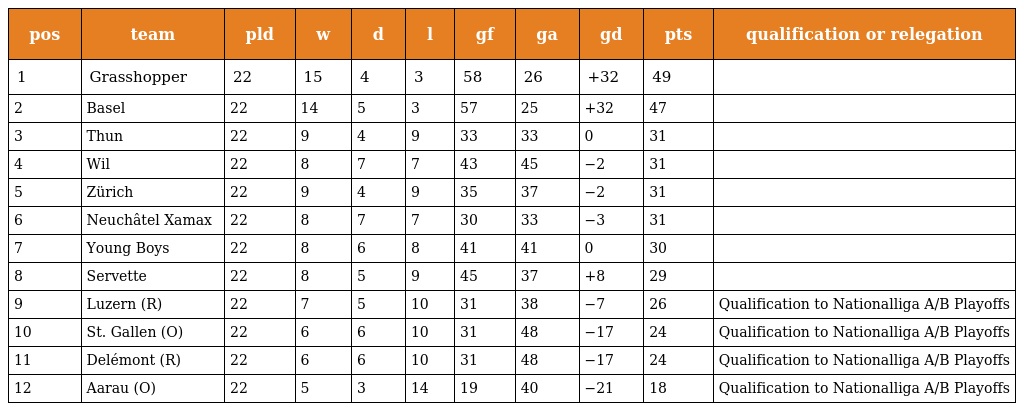
| pos | team | pld | w | d | l | gf | ga | gd | pts | qualification or relegation |
 | --- | --- | --- | --- | --- | --- | --- | --- | --- | --- | --- |
 | 1 | Grasshopper | 22 | 15 | 4 | 3 | 58 | 26 | +32 | 49 |  |
 | 2 | Basel | 22 | 14 | 5 | 3 | 57 | 25 | +32 | 47 |  |
 | 3 | Thun | 22 | 9 | 4 | 9 | 33 | 33 | 0 | 31 |  |
 | 4 | Wil | 22 | 8 | 7 | 7 | 43 | 45 | −2 | 31 |  |
 | 5 | Zürich | 22 | 9 | 4 | 9 | 35 | 37 | −2 | 31 |  |
 | 6 | Neuchâtel Xamax | 22 | 8 | 7 | 7 | 30 | 33 | −3 | 31 |  |
 | 7 | Young Boys | 22 | 8 | 6 | 8 | 41 | 41 | 0 | 30 |  |
 | 8 | Servette | 22 | 8 | 5 | 9 | 45 | 37 | +8 | 29 |  |
 | 9 | Luzern (R) | 22 | 7 | 5 | 10 | 31 | 38 | −7 | 26 | Qualification to Nationalliga A/B Playoffs |
 | 10 | St. Gallen (O) | 22 | 6 | 6 | 10 | 31 | 48 | −17 | 24 | Qualification to Nationalliga A/B Playoffs |
 | 11 | Delémont (R) | 22 | 6 | 6 | 10 | 31 | 48 | −17 | 24 | Qualification to Nationalliga A/B Playoffs |
 | 12 | Aarau (O) | 22 | 5 | 3 | 14 | 19 | 40 | −21 | 18 | Qualification to Nationalliga A/B Playoffs |